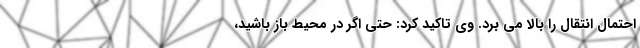
احتمال انتقال را بالا می برد. وی تاکید کرد: حتی اگر در محیط باز باشید،